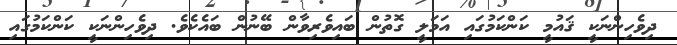
ދިވެހިންނަކީ ޤައުމީ ކަންކަމުގައި އަމަލީ ގޮތުން ބައިވެރިވާން ބޭނުން ބައެކެވެ. ދިވެހިންނަކީ ކަންކަމުގައި